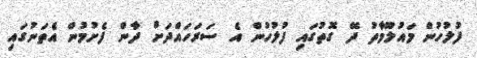
ފުލުހުން މައުލޫމާތު ދޭ ގޮތުގައި ފުލުހުން އެ ސަރަހައްދަށް ދާން ފެށުމުން އެތަނުގައި